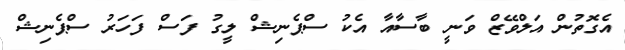
އެގޮތުން އަލްވޭޒް ވަނީ ބާސާއާ އެކު ސްޕެނިޝް ލީގު ފަސް ފަހަރު ސްޕެނިޝް